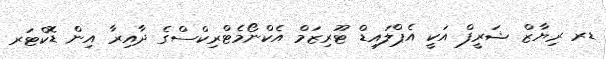
ޑރ ރިޔާޒް ޝަރީފް އަކީ އެޕްލައިޑް ޓޫރިޒަމް އެކްނޯމެޓްރިކްސްގެ ދާއިރާ އިން ޑޮކްޓަރ